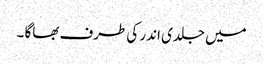
میں جلدی اندر کی طرف بھاگا ۔